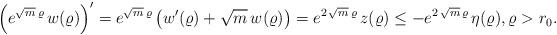
LaTeX: \begin{align*}\left(e^{\sqrt{m}\,\varrho}\, w(\varrho)\right)'=e^{\sqrt{m}\, \varrho} \, \big(w'(\varrho)+\sqrt{m}\, w(\varrho)\big)=e^{2\,\sqrt{m}\,\varrho}\, z(\varrho)\le -e^{2\,\sqrt{m}\,\varrho}\,\eta(\varrho),\varrho>r_0.\end{align*}